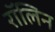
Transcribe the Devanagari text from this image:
रॉलिन